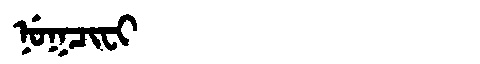
Manchu: ᠨᡠᡴᠴᡳᠸᡳ
Romanization: NUKCIFI